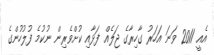
އެއީ 2011 ވަނަ އަހަރު ގާހިރާގެ ޖަލެއް ފަޅާއި ކުށްވެރިން ނުކުމެ ފުލުހުންގެ